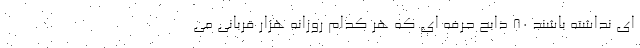
ای نداشته باشند ۸۰ ذابح حرفه ای که هر کدام روزانه هزار قربانی می